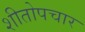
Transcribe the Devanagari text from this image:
शीतोपचार